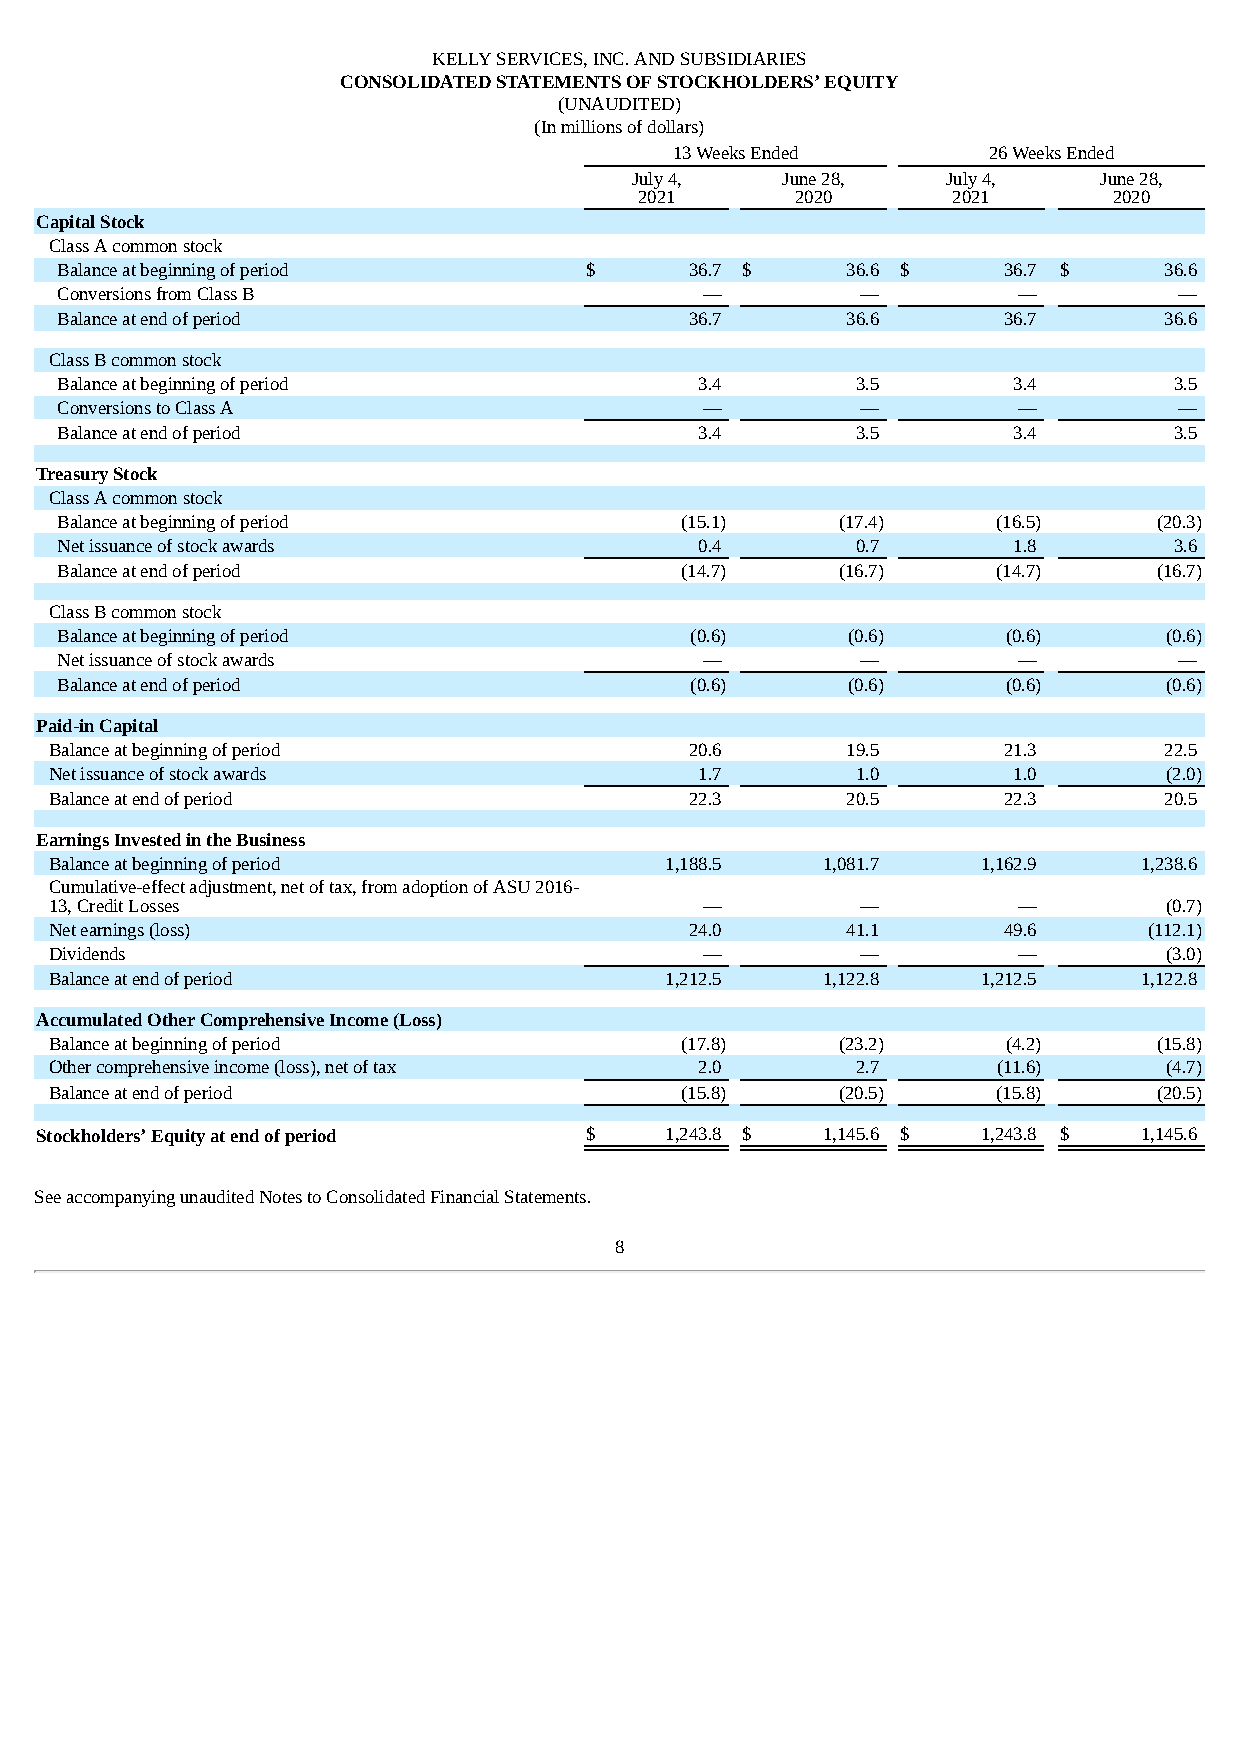
KELLY SERVICES, INC. AND SUBSIDIARIES
 CONSOLIDATED STATEMENTS OF STOCKHOLDERS’ EQUITY
 (UNAUDITED)
 (In millions of dollars)
 13 Weeks Ended      26 Weeks Ended
 July 4,   June 28,   July 4,   June 28,
 2021       2020      2021       2020
 Capital Stock
 Class A common stock
 Balance at beginning of period     $      36.7 $    36.6 $    36.7 $     36.6
 Conversions from Class B                   —         —         —          —
 Balance at end of period                  36.7      36.6      36.7       36.6
 Class B common stock
 Balance at beginning of period            3.4        3.5       3.4        3.5
 Conversions to Class A                     —         —         —          —
 Balance at end of period                  3.4        3.5       3.4        3.5
 Treasury Stock
 Class A common stock
 Balance at beginning of period           (15.1)    (17.4)     (16.5)     (20.3)
 Net issuance of stock awards              0.4        0.7       1.8        3.6
 Balance at end of period                 (14.7)    (16.7)     (14.7)     (16.7)
 Class B common stock
 Balance at beginning of period            (0.6)     (0.6)      (0.6)     (0.6)
 Net issuance of stock awards               —         —         —          —
 Balance at end of period                  (0.6)     (0.6)      (0.6)     (0.6)
 Paid-in Capital
 Balance at beginning of period             20.6      19.5      21.3       22.5
 Net issuance of stock awards               1.7        1.0       1.0       (2.0)
 Balance at end of period                   22.3      20.5      22.3       20.5
 Earnings Invested in the Business
 Balance at beginning of period           1,188.5   1,081.7    1,162.9    1,238.6
 Cumulative-effect adjustment, net of tax, from adoption of ASU 2016-
 13, Credit Losses                           —         —         —         (0.7)
 Net earnings (loss)                        24.0      41.1      49.6      (112.1)
 Dividends                                   —         —         —         (3.0)
 Balance at end of period                 1,212.5   1,122.8    1,212.5    1,122.8
 Accumulated Other Comprehensive Income (Loss)
 Balance at beginning of period            (17.8)    (23.2)      (4.2)     (15.8)
 Other comprehensive income (loss), net of tax 2.0     2.7      (11.6)     (4.7)
 Balance at end of period                  (15.8)    (20.5)     (15.8)     (20.5)
 Stockholders’ Equity at end of period $   1,243.8 $ 1,145.6 $  1,243.8 $  1,145.6
 See accompanying unaudited Notes to Consolidated Financial Statements.
 8